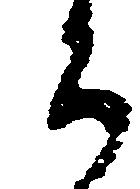
ち